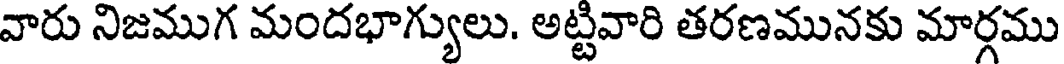
వారు నిజముగ మందభాగ్యులు. అట్టివారి తరణమునకు మార్గము